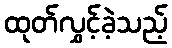
ထုတ်လွှင့်ခဲ့သည့်